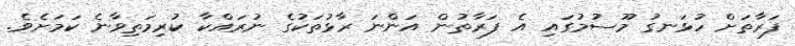
ފަރާތަށް ހުޅަނގު މޫސުމުގައި އެ ފަރާތުން އަންނަ ރާޅުތަކުގެ ނުރައްކާ ކުރިމަތިވާނެ ކަމަށެވެ.